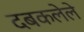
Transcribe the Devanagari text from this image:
दबकलेले